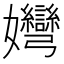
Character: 𡤶